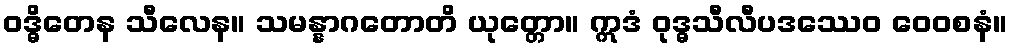
ဝဒ္ဓိတေန သီလေန။ သမန္နာဂတောတိ ယုတ္တော။ ဣဒံ ဝုဒ္ဓသီလီပဒဿေဝ ဝေဝစနံ။